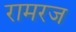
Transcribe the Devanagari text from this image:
रामरज